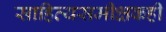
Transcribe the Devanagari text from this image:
साहित्यसमीक्षकही